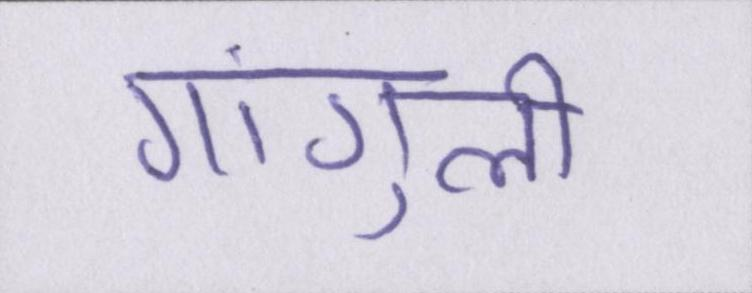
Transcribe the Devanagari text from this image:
गांगुली